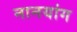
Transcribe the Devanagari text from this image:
नानयांग